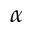
\alpha